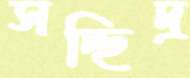
সচ্ছিদ্র